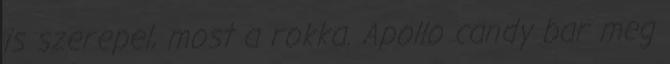
is szerepel, most a rokka. Apollo candy bar meg